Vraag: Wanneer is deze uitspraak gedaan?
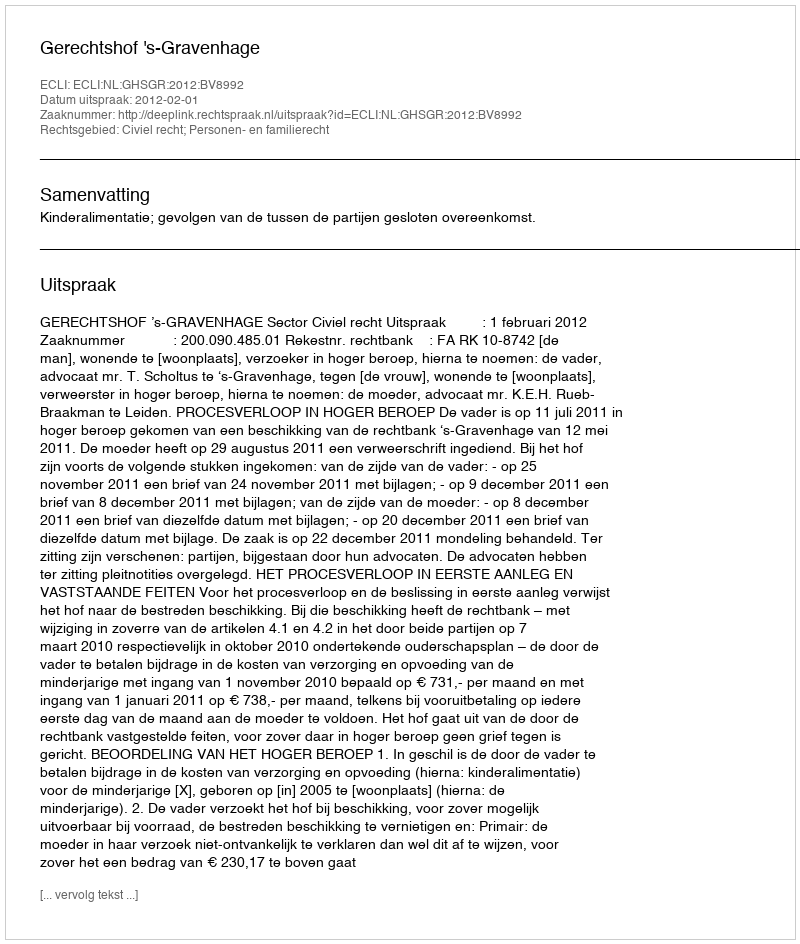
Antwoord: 2012-02-01